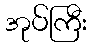
အုပ်ကြီး